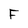
Character: F